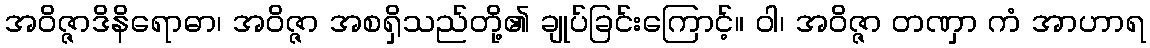
အဝိဇ္ဇာဒိနိရောဓာ၊ အဝိဇ္ဇာ အစရှိသည်တို့၏ ချုပ်ခြင်းကြောင့်။ ဝါ၊ အဝိဇ္ဇာ တဏှာ ကံ အာဟာရ